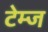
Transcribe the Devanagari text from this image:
टेम्ज